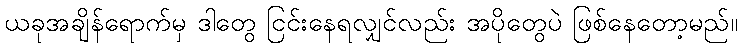
ယခုအချိန်ရောက်မှ ဒါတွေ ငြင်းနေရလျှင်လည်း အပိုတွေပဲ ဖြစ်နေတော့မည်။